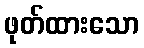
ဖုတ်ထားသော